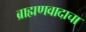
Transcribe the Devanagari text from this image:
ब्राह्मणवादाचा